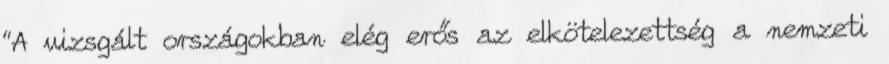
“A vizsgált országokban elég erős az elkötelezettség a nemzeti